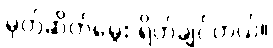
မုတ်ဆိတ်မွေး ရိတ်ချင်တယ်။